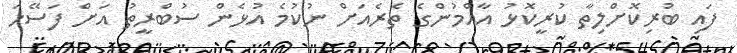
ފައި ބުރިކޮށްލިތާ ކުރީކޮޅު އާއްމުންގެ ތެރެއަށް ނުކުމެ އުޅެން ސުބްރީތު އަށް ފަސޭހަ